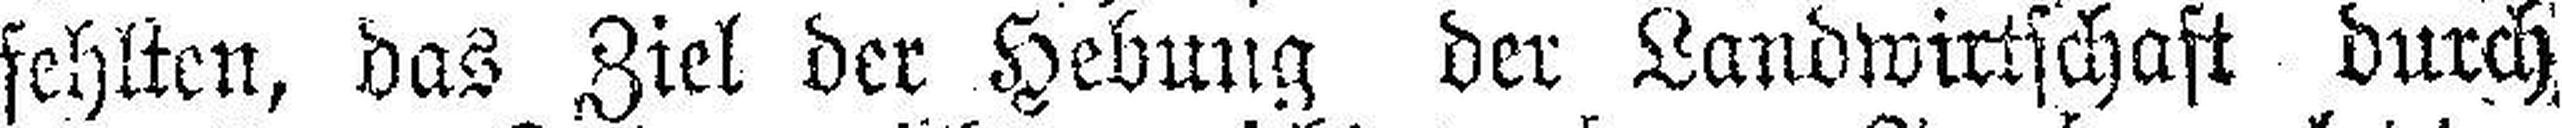
fehlten, das Ziel der Hebung der Landwirtschaft durch